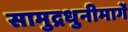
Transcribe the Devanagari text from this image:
सामुद्रधुनीमार्गे